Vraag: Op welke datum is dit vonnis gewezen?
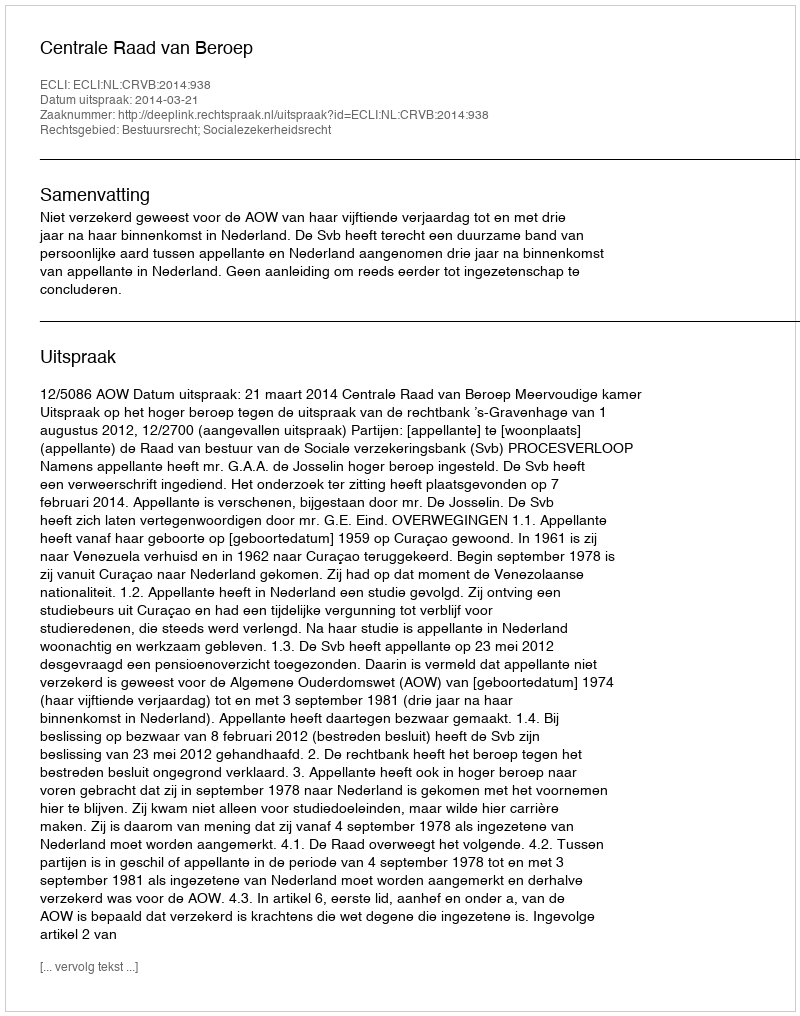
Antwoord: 2014-03-21